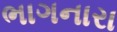
ભાગનારા